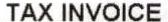
TAX INVOICE